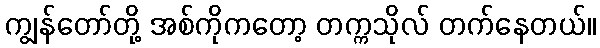
ကျွန်တော်တို့ အစ်ကိုကတော့ တက္ကသိုလ် တက်နေတယ်။